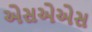
એસએએસ